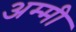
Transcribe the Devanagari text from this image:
अम्मी